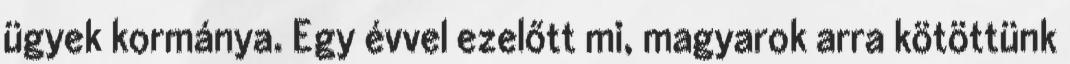
ügyek kormánya. Egy évvel ezelőtt mi, magyarok arra kötöttünk